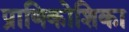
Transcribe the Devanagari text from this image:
प्राणिकोशिका